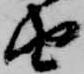
由